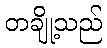
တချို့သည်